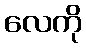
လေကို